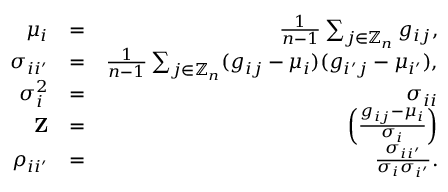
\begin{array} { r l r } { \mu _ { i } } & { = } & { \frac { 1 } { n - 1 } \sum _ { j \in \mathbb { Z } _ { n } } g _ { i j } , } \\ { \sigma _ { i i ^ { \prime } } } & { = } & { \frac { 1 } { n - 1 } \sum _ { j \in \mathbb { Z } _ { n } } ( g _ { i j } - \mu _ { i } ) ( g _ { i ^ { \prime } j } - \mu _ { i ^ { \prime } } ) , } \\ { \sigma _ { i } ^ { 2 } } & { = } & { \sigma _ { i i } } \\ { { \bf { Z } } } & { = } & { \left( \frac { g _ { i j } - \mu _ { i } } { \sigma _ { i } } \right) } \\ { \rho _ { i i ^ { \prime } } } & { = } & { \frac { \sigma _ { i i ^ { \prime } } } { \sigma _ { i } \sigma _ { i ^ { \prime } } } . } \end{array}